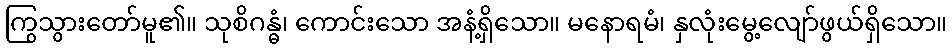
ကြွသွားတော်မူ၏။ သုစိဂန္ဓံ၊ ကောင်းသော အနံ့ရှိသော။ မနောရမံ၊ နှလုံးမွေ့လျော်ဖွယ်ရှိသော။